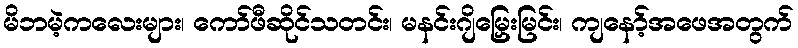
မိဘမဲ့ကလေးများ၊ ကော်ဖီဆိုင်သတင်း၊ မနင်းဂျိမြှေးမြင်း၊ ကျနော့်အဖေအတွက်